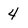
Character: 4